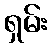
ရှမ်း